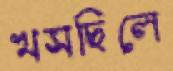
খসছিলে